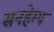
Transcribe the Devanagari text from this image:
सनहेम्प